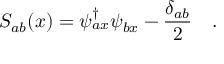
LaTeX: S _ { a b } ( x ) = \psi _ { a x } ^ { \dagger } \psi _ { b x } - \frac { \delta _ { a b } } { 2 } \quad .